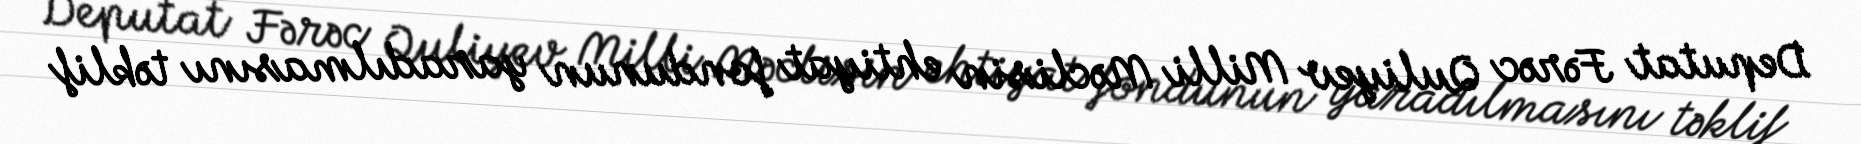
Deputat Fərəc Quliyev Milli Məclisin ehtiyat fondunun yaradılmasını təklif